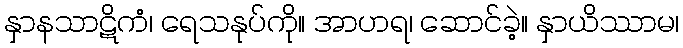
နှာနသာဋိကံ၊ ရေသနုပ်ကို။ အာဟရ၊ ဆောင်ခဲ့။ နှာယိဿာမ၊